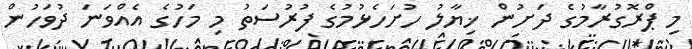
މި ޕްރޮގުރާމުގެ ދަށުން ޚިޔާލު ހުށަހެޅުމުގެ ފުރުސަތު މި މަހުގެ އެއްވަނަ ދުވަހުން